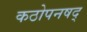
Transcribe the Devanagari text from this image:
कठोपनषद्